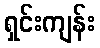
ရှင်းကျန်း